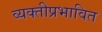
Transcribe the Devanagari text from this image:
व्यक्तीप्रभावित